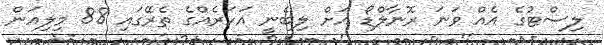
ލިސްޓުގެ އެއް ވަނަ ރޮނާލްޑޯ އަށް ލިބެނީ އަހަރެއްގެ ތެރޭގައި 88 މިލިއަން